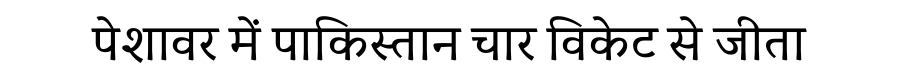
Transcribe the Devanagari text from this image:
पेशावर में पाकिस्तान चार विकेट से जीता